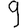
Digit: 9